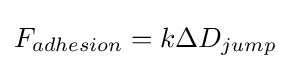
F_{adhesion}=k\Delta D_{jump}